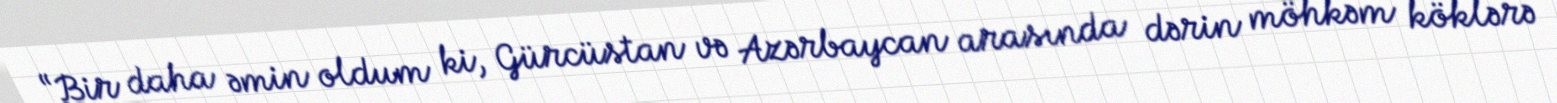
“Bir daha əmin oldum ki, Gürcüstan və Azərbaycan arasında dərin möhkəm köklərə